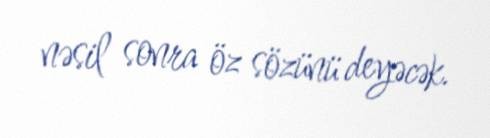
nəsil sonra öz sözünü deyəcək.